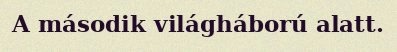
A második világháború alatt.